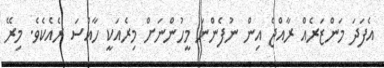
އެފަދަ މަންޒަރެއް ރާއްޖެ އިން ނުފެންނަ މީހުންނަށް މިރެއަކީ ހާއްސަ ރެއެކެވެ. މިރޭ